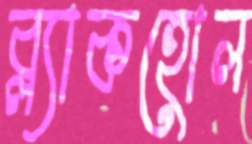
ব্ল্যাকহোল